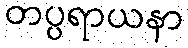
တပ္ပရာယနာ